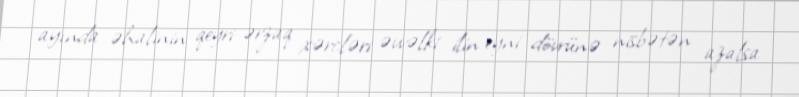
ayında əhalinin qeyri-ərzaq xərcləri əvvəlki ilin eyni dövrünə nisbətən azalsa